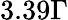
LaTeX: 3.39\Gamma